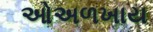
ઓઅળખાય